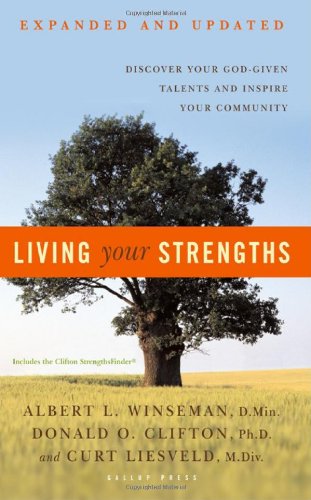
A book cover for Living Your Strengths: Discover Your God-Given Talents and Inspire Your Community; Albert L. Winseman; Self-Help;